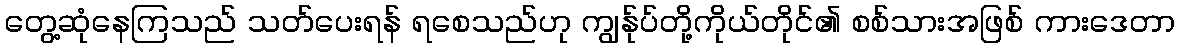
တွေ့ဆုံနေကြသည် သတ်ပေးရန် ရစေသည်ဟု ကျွန်ုပ်တို့ကိုယ်တိုင်၏ စစ်သားအဖြစ် ကားဒေတာ